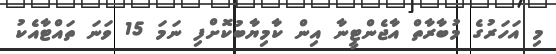
މި އަހަރުގެ މުބާރާތް އާޖެންޓީނާ އިން ކާމިޔާބުކޮށްފި ނަމަ 15 ވަނަ ތައްޓާއެކު